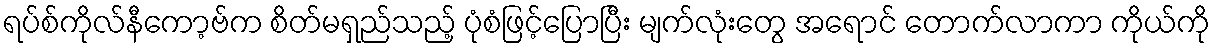
ရပ်စ်ကိုလ်နီကော့ဗ်က စိတ်မရှည်သည့် ပုံစံဖြင့်ပြောပြီး မျက်လုံးတွေ အရောင် တောက်လာကာ ကိုယ်ကို